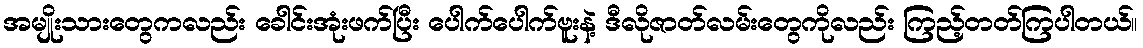
အမျိုးသားတွေကလည်း ခေါင်းအုံးဖက်ပြီး ပေါက်ပေါက်ဗူးနဲ့ ဒီလိုဇာတ်လမ်းတွေကိုလည်း ကြည့်တတ်ကြပါတယ်။